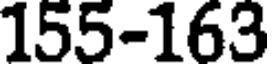
155-163